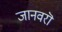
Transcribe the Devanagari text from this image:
जानवरॊ